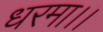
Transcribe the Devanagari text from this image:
धरमा।।